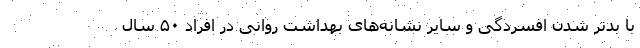
با بدتر شدن افسردگی و سایر نشانه‌های بهداشت روانی در افراد ۵۰ سال